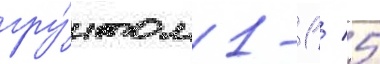
гру́нтом 1-1 / 5